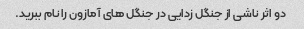
دو اثر ناشی از جنگل زدایی در جنگل های آمازون را نام ببرید.